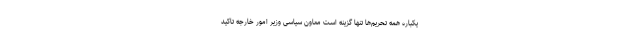
یکباره همه تحریم‌ها تنها گزینه است معاون سیاسی وزیر امور خارجه تاکید